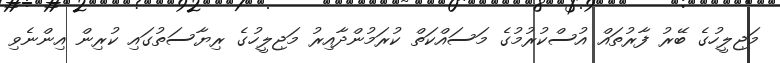
މަޖިލީހުގެ ބޭރު ފާރުތައް އުސްކުރުމުގެ މަސައްކަތް ކުރަމުންދާއިރު މަޖިލީހުގެ ރިޔާސަތުގައި ކުރިން އިންނެވި